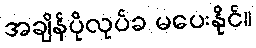
အချိန်ပိုလုပ်ခ မပေးနိုင်။